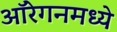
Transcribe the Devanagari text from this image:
ऑरेगनमध्ये